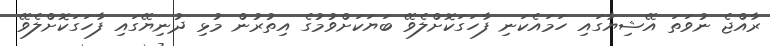
ރާއްޖެ ނުވަތަ އޭޝިޔާގައި ހަމައެކަނި ފާހަގަކޮށްލެވޭ ބަޔަކަށްވުމުގެ އިތުރުން މުޅި ދުނިޔޭގައި ފާހަގަކޮށްލެވޭ